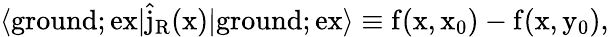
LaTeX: \langle\mathrm{ground};\mathrm{ex|\hat{j}_{R}(x)|\mathrm{ground};\mathrm{ex\rangle\equiv f(x,x_{0})-f(x,y_{0}),}}